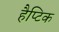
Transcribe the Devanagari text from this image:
हैप्टिक